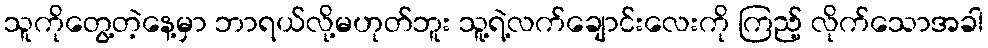
သူကိုတွေ့တဲ့နေ့မှာ ဘာရယ်လို့မဟုတ်ဘူး သူ့ရဲ့လက်ချောင်းလေးကို ကြည့် လိုက်သောအခါ